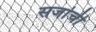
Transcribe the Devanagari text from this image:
सजांची